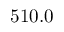
5 1 0 . 0